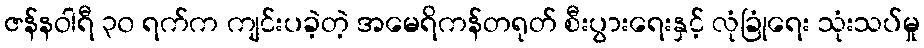
ဇန်နဝါရီ ၃၀ ရက်က ကျင်းပခဲ့တဲ့ အမေရိကန်တရုတ် စီးပွားရေးနှင့် လုံခြုံရေး သုံးသပ်မှု